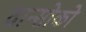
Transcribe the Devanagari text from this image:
दान्सोको